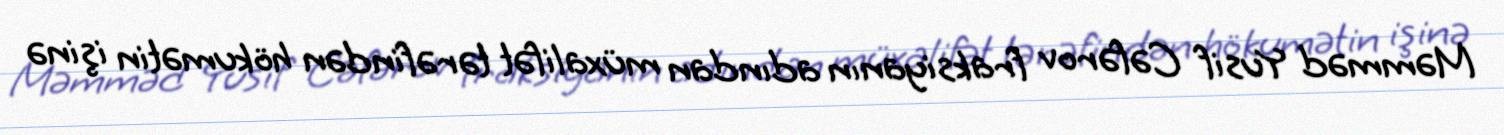
Məmməd Yusif Cəfərov fraksiyanın adından müxalifət tərəfindən hökumətin işinə